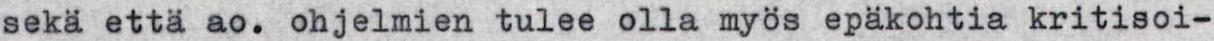
sekä että ao. ohjelmien tulee olla myös epäkohtia kritisoi-